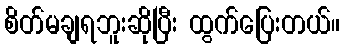
စိတ်မချရဘူးဆိုပြီး ထွက်ပြေးတယ်။